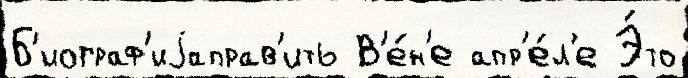
Б'иограф'иjаправ'ить В'е́н'е апр'е́л'е Э́то